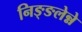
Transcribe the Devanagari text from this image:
निङ्ङलेन्ने